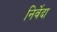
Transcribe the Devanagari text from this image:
निर्वेदा